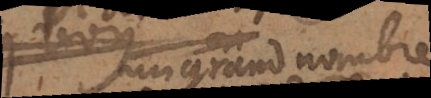
grand nombre